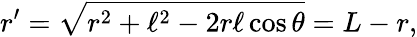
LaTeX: r^{\prime}=\sqrt{r^{2}+\ell^{2}-2r\ell\cos\theta}=L-r,